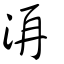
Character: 洅